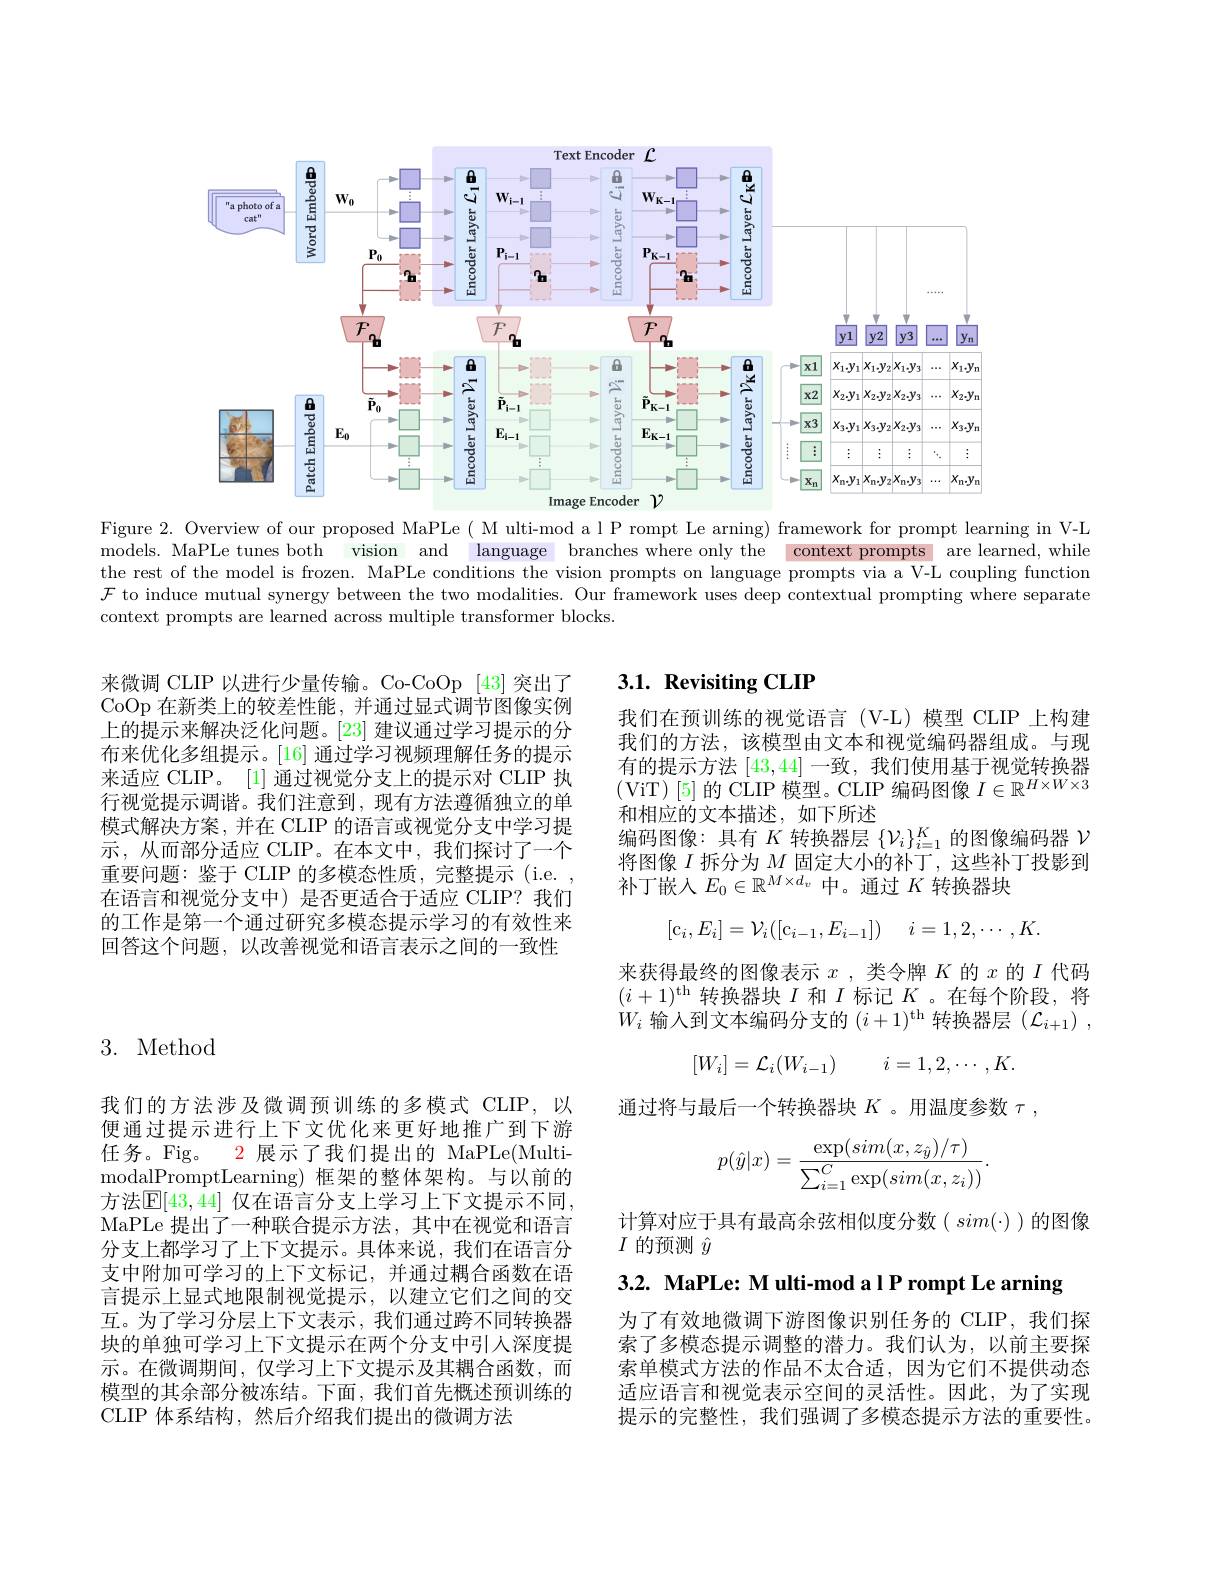
<FigureHere>

Figure 2. Overview of our proposed MaPLe( M ulti-mod al P rompt Le arning) framework for prompt learning in V-L models. MaPLe tunes both vision and language branches where only the context prompts are learned, while the rest of the model is frozen. MaPLe conditions the vision prompts on language prompts via a V-L coupling function $\mathcal{F}$ to induce mutual synergy between the two modalities. Our framework uses deep contextual prompting where separate context prompts are learned across multiple transformer blocks.

来微调 CLIP 以进行少量传输。Co-CoOp [43]突出了CoOp 在新类上的较差性能，并通过显式调节图像实例上的提示来解决泛化问题。[23] 建议通过学习提示的分布来优化多组提示。[16] 通过学习视频理解任务的提示来适应 CLIP。[1] 通过视觉分支上的提示对 CLIP 执行视觉提示调谐。我们注意到，现有方法遵循独立的单模式解决方案，并在 CLIP 的语言或视觉分支中学习提示，从而部分适应 CLIP。在本文中，我们探讨了一个重要问题：鉴于 CLIP 的多模态性质，完整提示 (i.e. , 在语言和视觉分支中)是否更适合于适应 CLIP? 我们的工作是第一个通过研究多模态提示学习的有效性来回答这个问题，以改善视觉和语言表示之间的一致性

3. Method

我们的方法涉及微调预训练的多模式 CLIP,以便通过提示进行上下文优化来更好地推广到下游任务。Fig。2 展示了我们提出的 MaPLe(MultimodalPromptLearning框架的整体架构。与以前的方法$\mathbb{E}[43,44]$ 仅在语言分支上学习上下文提示不同， MaPLe 提出了一种联合提示方法，其中在视觉和语言分支上都学习了上下文提示。具体来说，我们在语言分支中附加可学习的上下文标记，并通过耦合函数在语言提示上显式地限制视觉提示，以建立它们之间的交互。为了学习分层上下文表示，我们通过跨不同转换器块的单独可学习上下文提示在两个分支中引人深度提示。在微调期间，仅学习上下文提示及其耦合函数，而模型的其余部分被冻结。下面，我们首先概述预训练的CLIP 体系结构，然后介绍我们提出的微调方法

## $3. 1. \textbf{Revisiting CLIP}$

我们在预训练的视觉语言(V-L)模型 CLIP 上构建我们的方法，该模型由文本和视觉编码器组成。与现有的提示方法[43,44]一致，我们使用基于视觉转换器(ViT)[5]的 CLIP 模型。CLIP 编码图像$I\in\mathbb{R}^H\times W\times3$ 和相应的文本描述，如下所述
编码图像：具有$K$转换器层$\{\mathcal{V}_i\}_i=1^K$的图像编码器$\mathcal{V}$ 将图像$I$拆分为$M$固定大小的补丁，这些补丁投影到补丁嵌入$E_0\in\mathbb{R}^{M\times d_v}$中。通过$K$转换器块
$$[\mathrm c_i,E_i]=\mathcal V_i([\mathrm c_{i-1},E_{i-1}])\quad i=1,2,\cdots,K.$$
来获得最终的图像表示$x$ ,类令牌$K$的$x$的$I$代码$(i+1)^\mathrm{th}$转换器块$I$和$I$标记$K$。在每个阶段，将$W_i$输入到文本编码分支的$(i+1)^\mathrm{th}$转换器层$( \mathcal{L} _i+ 1)$ ,
$$[W_i]=\mathcal{L}_i(W_{i-1})\quad i=1,2,\cdots,K.$$
通过将与最后一个转换器块$K$ 。用温度参数$\tau$,
$$p(\hat{y}|x)=\frac{\exp(sim(x,z_{\hat{y}})/\tau)}{\sum_{i=1}^C\exp(sim(x,z_i))}.$$
计算对应于具有最高余弦相似度分数( $sim(\cdot)$的图像
$I$的预测$\hat{y}$

3.2. MaPLe: M ulti-mod al P rompt Le arning

为了有效地微调下游图像识别任务的 CLIP,我们探索了多模态提示调整的潜力。我们认为，以前主要探索单模式方法的作品不太合适，因为它们不提供动态适应语言和视觉表示空间的灵活性。因此，为了实现提示的完整性，我们强调了多模态提示方法的重要性。